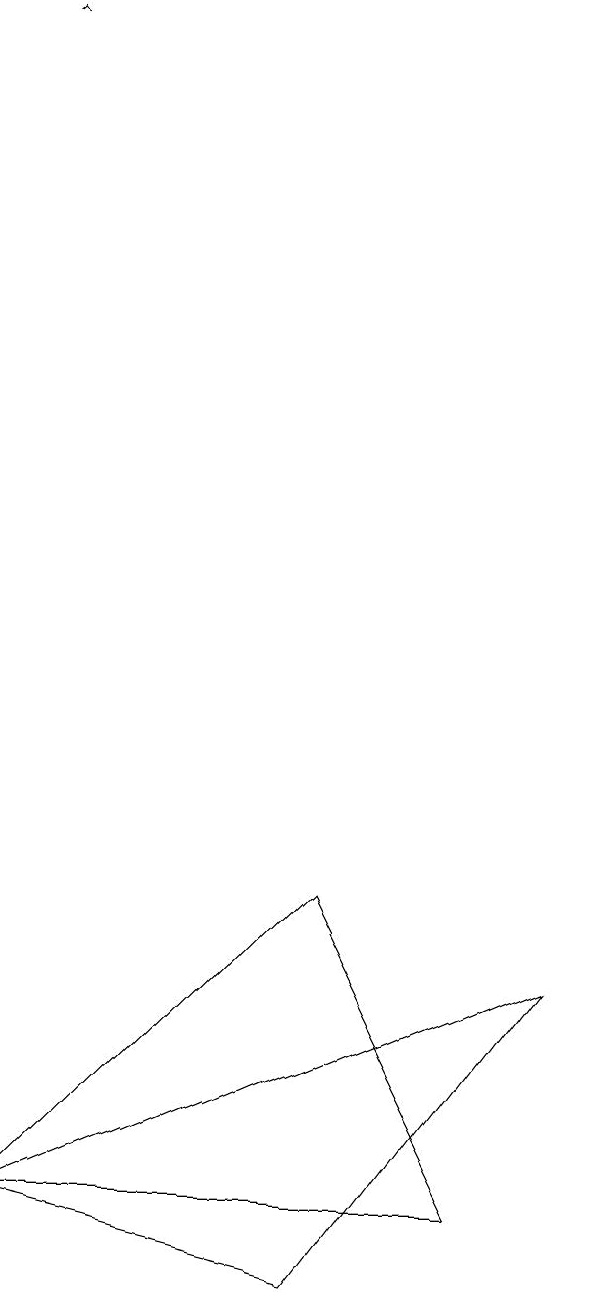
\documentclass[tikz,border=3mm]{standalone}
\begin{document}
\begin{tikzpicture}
\draw[->] (0,19) -- (0,19);
\draw (7,7) -- (0,4) -- (4,3) -- cycle;
\draw (6,4) -- (0,4) -- (4,8) -- cycle;
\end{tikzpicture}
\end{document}